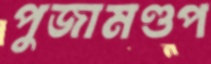
পুজামণ্ডপ